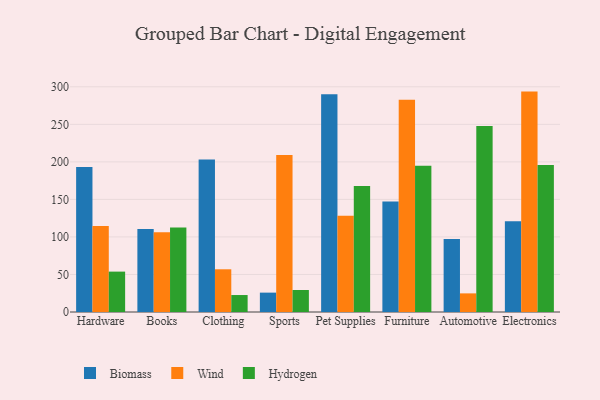
{"axis": {"x": "Category", "y": "Waste Production (Tons)"}, "legend": ["Biomass", "Hydrogen", "Wind"], "data": [{"x": "Hardware", "y": 193.1, "type": "Biomass"}, {"x": "Hardware", "y": 114.4, "type": "Wind"}, {"x": "Hardware", "y": 53.8, "type": "Hydrogen"}, {"x": "Books", "y": 110.7, "type": "Biomass"}, {"x": "Books", "y": 106.2, "type": "Wind"}, {"x": "Books", "y": 112.5, "type": "Hydrogen"}, {"x": "Clothing", "y": 203.3, "type": "Biomass"}, {"x": "Clothing", "y": 56.9, "type": "Wind"}, {"x": "Clothing", "y": 22.6, "type": "Hydrogen"}, {"x": "Sports", "y": 25.8, "type": "Biomass"}, {"x": "Sports", "y": 209.0, "type": "Wind"}, {"x": "Sports", "y": 29.3, "type": "Hydrogen"}, {"x": "Pet Supplies", "y": 290.1, "type": "Biomass"}, {"x": "Pet Supplies", "y": 128.2, "type": "Wind"}, {"x": "Pet Supplies", "y": 167.9, "type": "Hydrogen"}, {"x": "Furniture", "y": 147.2, "type": "Biomass"}, {"x": "Furniture", "y": 282.8, "type": "Wind"}, {"x": "Furniture", "y": 194.7, "type": "Hydrogen"}, {"x": "Automotive", "y": 97.1, "type": "Biomass"}, {"x": "Automotive", "y": 24.8, "type": "Wind"}, {"x": "Automotive", "y": 247.9, "type": "Hydrogen"}, {"x": "Electronics", "y": 121.0, "type": "Biomass"}, {"x": "Electronics", "y": 293.6, "type": "Wind"}, {"x": "Electronics", "y": 195.8, "type": "Hydrogen"}]}